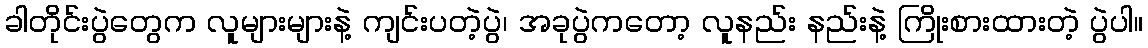
ခါတိုင်းပွဲတွေက လူများများနဲ့ ကျင်းပတဲ့ပွဲ၊ အခုပွဲကတော့ လူနည်း နည်းနဲ့ ကြိုးစားထားတဲ့ ပွဲပါ။